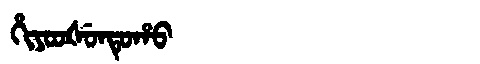
Manchu: ᡥᡳᠶᠣᠣᡧᡠᠨᡨᡠᡥᠣ
Romanization: HIYOOŠUNTUHO